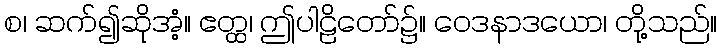
စ၊ ဆက်၍ဆိုအံ့။ ဧတ္ထ၊ ဤပါဠိတော်၌။ ဝေဒနာဒယော၊ တို့သည်။